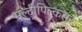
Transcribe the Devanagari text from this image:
मल्टीपिल्कसर